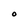
Character: O